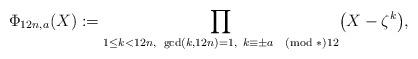
LaTeX: \begin{align*} \Phi_{12n,a}(X):= \prod_{1 \leq k < 12n,~\gcd(k,12n)=1,~k \equiv \pm a \pmod*{12}}\bigl(X-\zeta^k\bigr),\end{align*}